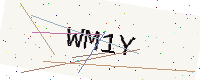
Text: WM1Y